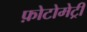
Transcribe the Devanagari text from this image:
फ़ोटोमेट्री